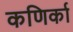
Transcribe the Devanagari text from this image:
कणिर्का